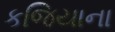
કજિયાના